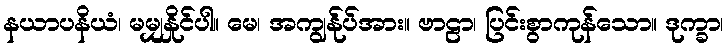
နယာပနိယံ၊ မမျှနှိုင်ပါ။ မေ၊ အကျွန်ုပ်အား။ ဗာဠာ၊ ပြင်းစွာကုန်သော။ ဒုက္ခာ၊